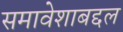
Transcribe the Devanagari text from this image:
समावेशाबद्दल